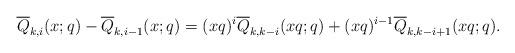
LaTeX: \begin{align*}\overline{Q}_{k,i}(x;q)-\overline{Q}_{k,i-1}(x;q)=(xq)^i\overline{Q}_{k,k-i}(xq;q)+(xq)^{i-1}\overline{Q}_{k,k-i+1}(xq;q).\end{align*}